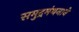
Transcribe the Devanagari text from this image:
समुद्रमंथनाने